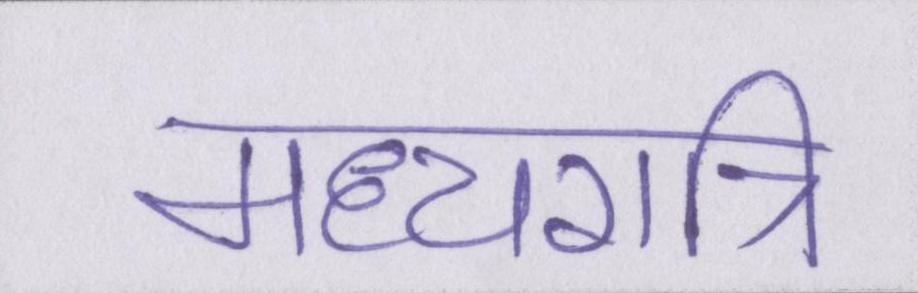
मध्यरात्रि